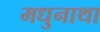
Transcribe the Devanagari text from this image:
मधुनाथा